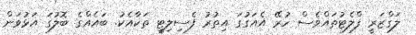
ލަގްޒަރީ ފްލެޓުތައްވެސް ހުރޭ އެއަގުގަ އިތުރު ފެސިލިޓީ ތަކާއެކު. ބައެއްގެ ބޮލުގަ އަޅުވަން